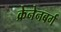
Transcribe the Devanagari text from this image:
क्रेनेनबर्ग